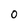
Character: 0